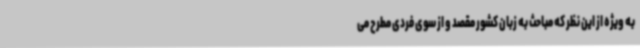
به ویژه از این نظر که مباحث به زبان کشور مقصد و از سوی فردی مطرح می